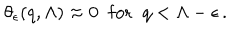
LaTeX: \theta _ { \epsilon } ( q , \Lambda ) \approx 0 \; \; \mathrm { f o r } \; \; q < \Lambda - \epsilon \, .